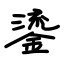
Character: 鎏